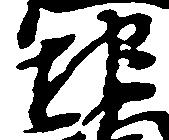
地